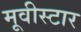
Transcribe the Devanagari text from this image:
मूवीस्टार